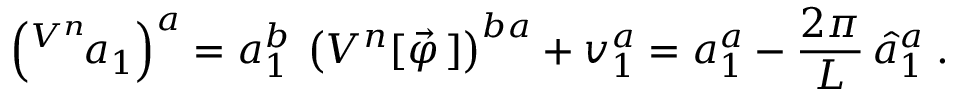
\left( ^ { V ^ { n } } { \! a } _ { 1 } \right) ^ { a } = a _ { 1 } ^ { b } \: \left( V ^ { n } [ \vec { \varphi } \, ] \right) ^ { b a } + v _ { 1 } ^ { a } = a _ { 1 } ^ { a } - \frac { 2 \pi } { L } \, \hat { a } _ { 1 } ^ { a } \; .